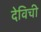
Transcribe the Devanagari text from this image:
देविची